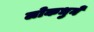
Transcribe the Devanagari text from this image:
लोकधुनें